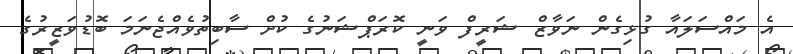
އެ މައްސަލައާ ގުޅިގެން ނަވާޒް ޝަރީފް ވަނީ ކޮރަޕްޝަނުގެ ކުށް ސާބިތުވެއްޖެނަމަ ބޮޑުވަޒީރުގެ